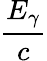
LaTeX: \frac{E_{\gamma}}{c}